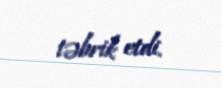
təbrik etdi.